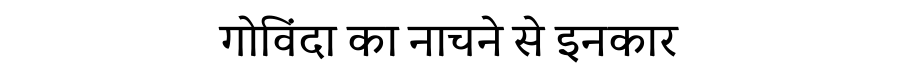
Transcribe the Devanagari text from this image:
गोविंदा का नाचने से इनकार